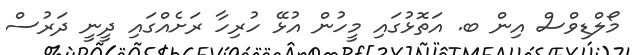
މޯލްޑިވްސް އިން ބ. އަތޮޅުގައި މީހުން އުޅޭ ހުރިހާ ރަށެއްގައި ދީނީ ދަރުސް